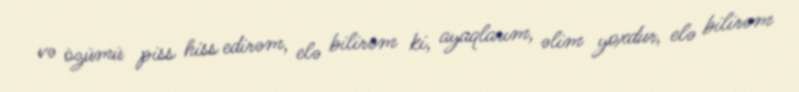
və özümü piss hiss edirəm, elə bilirəm ki, ayaqlarım, əlim yoxdur, elə bilirəm